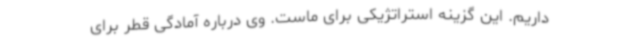
داریم. این گزینه استراتژیکی برای ماست. وی درباره آمادگی قطر برای